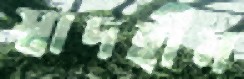
স্বাদহীন